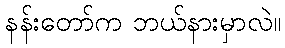
နန်းတော်က ဘယ်နားမှာလဲ။